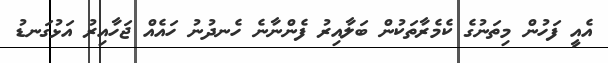
އެއީ ފަހުން މިތަނުގެ ކެމެރާތަކުން ބަލާއިރު ފެންނާނެ ހެނދުނު ހައެއް ޖަހާއިރު އަޅުގަނޑު